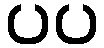
ပပ